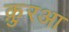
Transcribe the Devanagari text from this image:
क़ु़रआ